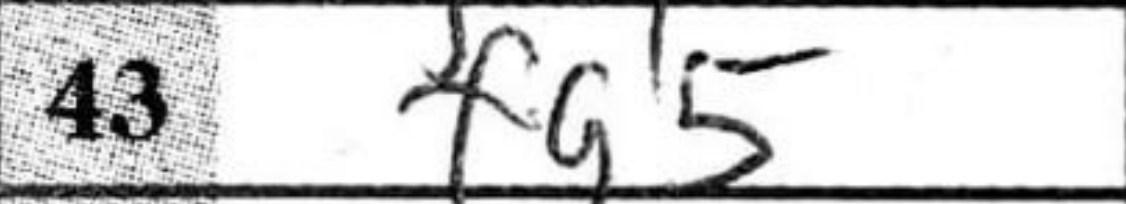
Transcription: fg5